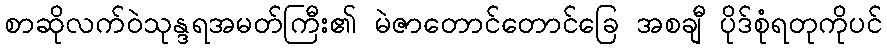
စာဆိုလက်ဝဲသုန္ဒရအမတ်ကြီး၏ မဲဇာတောင်တောင်ခြေ အစချီ ပိုဒ်စုံရတုကိုပင်